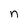
Character: n